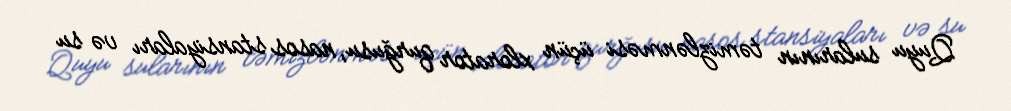
Quyu sularının təmizlənməsi üçün xlorator qurğusu, nasos stansiyaları və su